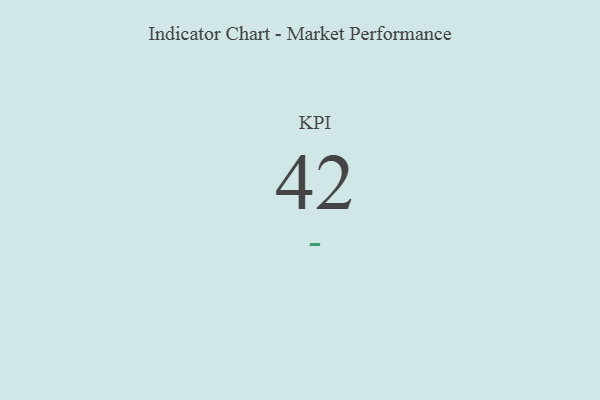
{"axis": {"x": "KPI", "y": "Value"}, "legend": [""], "data": [{"x": "KPI", "y": 42, "type": ""}]}